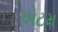
એટમ